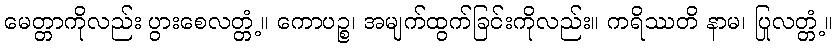
မေတ္တာကိုလည်း ပွားစေလတ္တံ့။ ကောပဉ္စ၊ အမျက်ထွက်ခြင်းကိုလည်း။ ကရိဿတိ နာမ၊ ပြုလတ္တံ့။